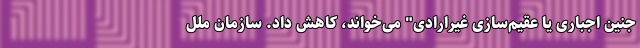
جنین اجباری یا عقیم‌سازی غیرارادی" می‌خواند، کاهش داد. سازمان ملل